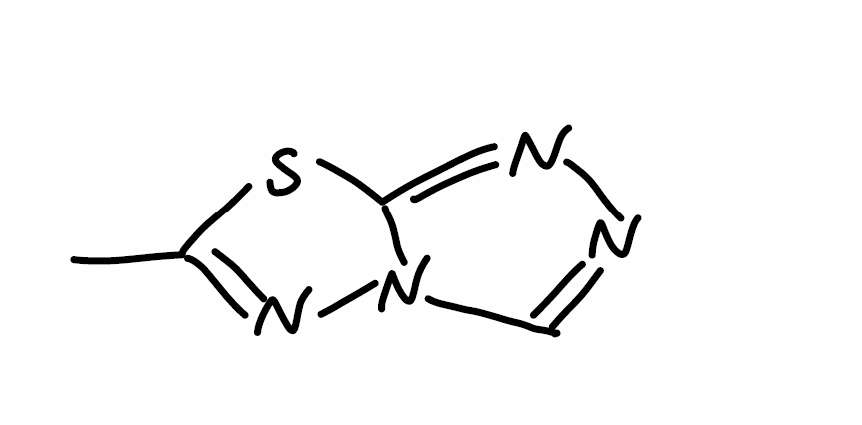
Simplified molecular-input line-entry system (SMILES) notation of the given molecule:
CC1=NN2C=NN=C2S1